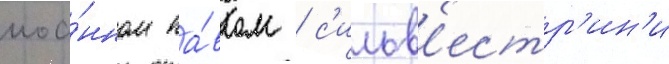
иоа́нном па́влом / с'ильв'естр'ин'и